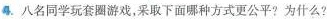
4.八名同学玩套圈游戏，采取下面哪种方式更公平?为什么?